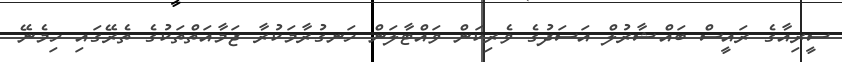
ސީރިއާގެ ރައީސް ބައްޝާރުލް އަސަދުގެ ވެރިކަން ވައްޓާލަން ހަނގުރާމަކުރާ ޖަމާއަތްތަކުގެ ތެރޭގައި ހިމެނޭ